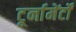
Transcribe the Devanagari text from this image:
टूर्नामेंर्टों